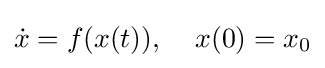
{\dot {x}}=f(x(t)),\;\;\;\;x(0)=x_{0}